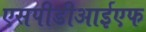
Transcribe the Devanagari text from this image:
एसपीडीआईएफ